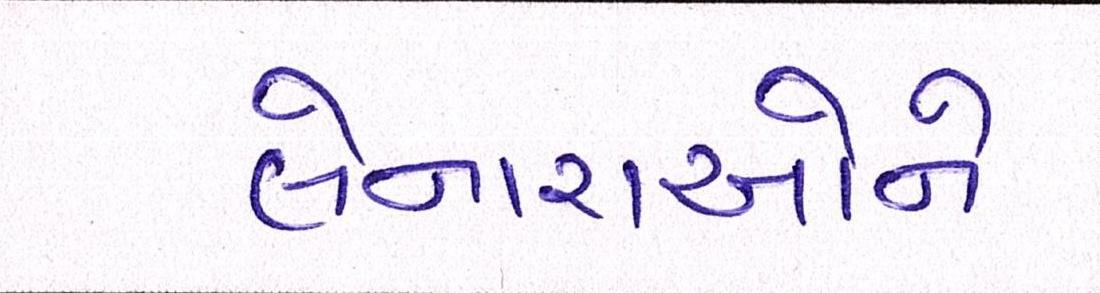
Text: લેનારાઓને